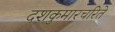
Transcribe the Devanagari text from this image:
दशकुमारचरिते